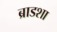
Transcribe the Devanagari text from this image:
ब्राडशा